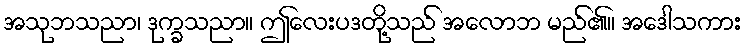
အသုဘသညာ၊ ဒုက္ခသညာ။ ဤလေးပဒတို့သည် အလောဘ မည်၏။ အဒေါသကား